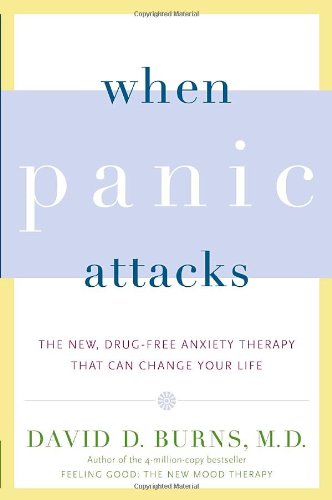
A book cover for When Panic Attacks: The New, Drug-Free Anxiety Therapy That Can Change Your Life; David D. Burns M.D.; Self-Help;